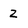
Character: 2